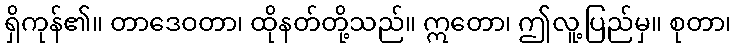
ရှိကုန်၏။ တာဒေဝတာ၊ ထိုနတ်တို့သည်။ ဣတော၊ ဤလူ့ပြည်မှ။ စုတာ၊